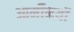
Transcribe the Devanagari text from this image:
आर्मीनयों